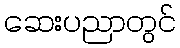
ဆေးပညာတွင်